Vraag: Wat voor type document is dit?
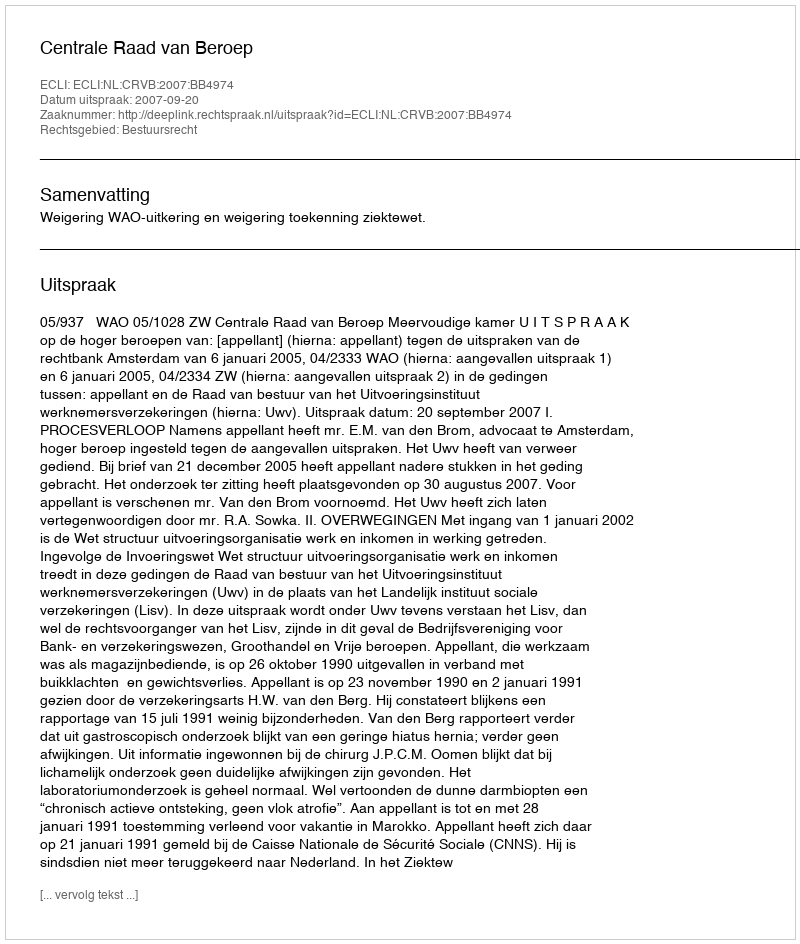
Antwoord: Uitspraak